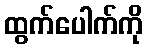
ထွက်ပေါက်ကို